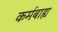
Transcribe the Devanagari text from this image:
कर्मबाह्य